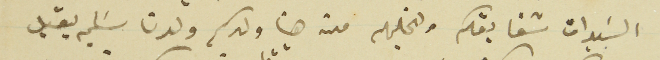
السَيدات شقايقكم ولنجليهم من هنا ولدكم ولدنا سَليم يقبل